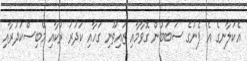
އެކަލާނގެ އެ ފެނުގެ ސަބަބުން ގޮވާމާއި ޒައިތޫނި ގަހާއި ކަދުރު ރުކާއި މޭބިސްކަދުރާއި